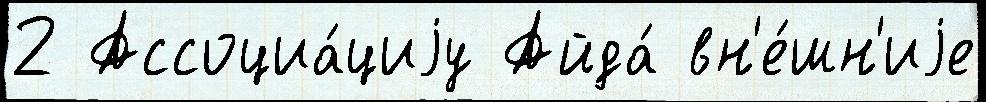
2 Ассоциа́циjу Айда́ вн'е́шн'иjе